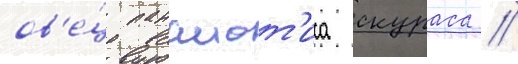
ов'е́ц панаиот'иса скураса //